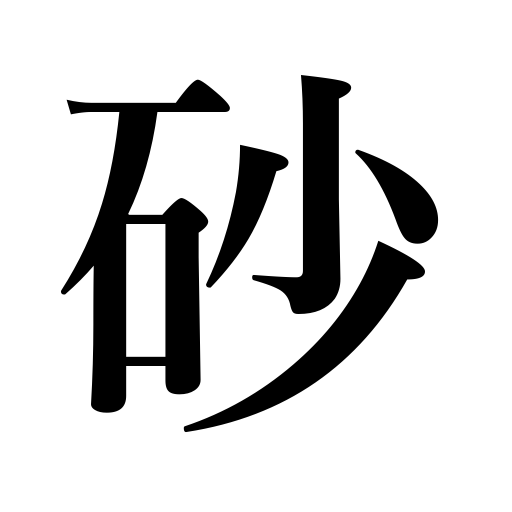
Meanings: sand